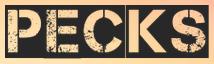
PECKS